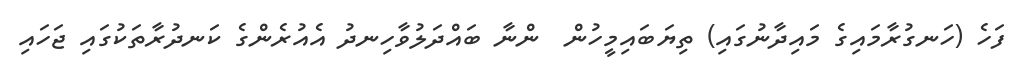
ފަހެ (ހަނގުރާމައިގެ މައިދާނުގައި) ތިޔަބައިމީހުން  ންނާ ބައްދަލުވާހިނދު އެއުރެންގެ ކަނދުރާތަކުގައި ޖަހައި